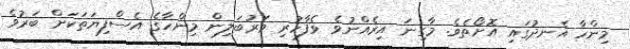
މިންހާ އެނދުގައި އޮށޯތެވެ. މާގިނަ އިރެއްނުވެ ވެފާހުރި ވަރުބަލިން މިންހާގެ އެސްފިޔަތަކަށް ބަރުވެ